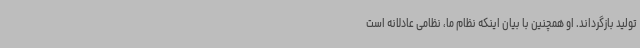
تولید بازگرداند. او همچنین با بیان اینکه نظام ما، نظامی عادلانه است